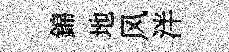
錦地风泮